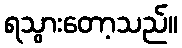
ရသွားတော့သည်။